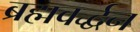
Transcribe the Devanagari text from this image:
ब्रह्मवर्द्धन